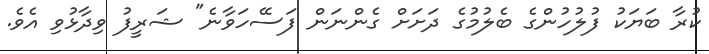
ކުރާ ބަޔަކު ފުލުހުންގެ ބެލުމުގެ ދަށަށް ގެންނަން ފަސޭހަވާނެ" ޝަރީފު ވިދާޅުވި އެވެ.